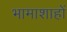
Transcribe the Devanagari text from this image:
भामाशाहों